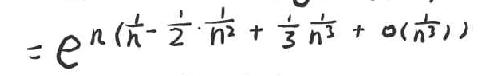
$=e^{n\left(\frac{1}{n}-\frac{1}{2}\cdot\frac{1}{n^{2}}+\frac{1}{3}\cdot\frac{1}{n^{2}}+o\left(\frac{1}{n^{3}}\right)\right)}$